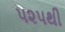
૫૨૫થી